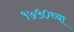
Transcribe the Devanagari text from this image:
१७५०च्या